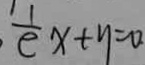
\frac { 1 } { e } x + y = 0